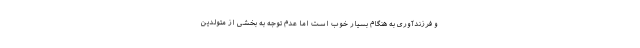
و فرزندآوری به هنگام بسیار خوب است اما عدم توجه به بخشی از متولدین